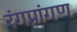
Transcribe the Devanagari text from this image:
रंगप्रांगण